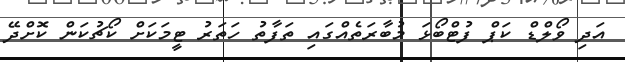
އަދި ވޯލްޑް ކަޕް ފުޓްބޯޅަ މުބާރަތެއްގައި ތަފާތު ހަތަރު ޓީމަކަށް ކޯޗުކަން ކޮށްދޭ